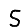
Digit: 5